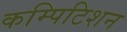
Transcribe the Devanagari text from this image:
कम्पिटिशन